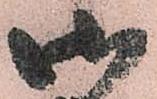
御